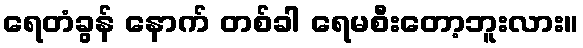
ရေတံခွန် နောက် တစ်ခါ ရေမစီးတော့ဘူးလား။